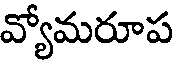
వ్యోమరూప